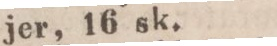
jer, 16 sk.